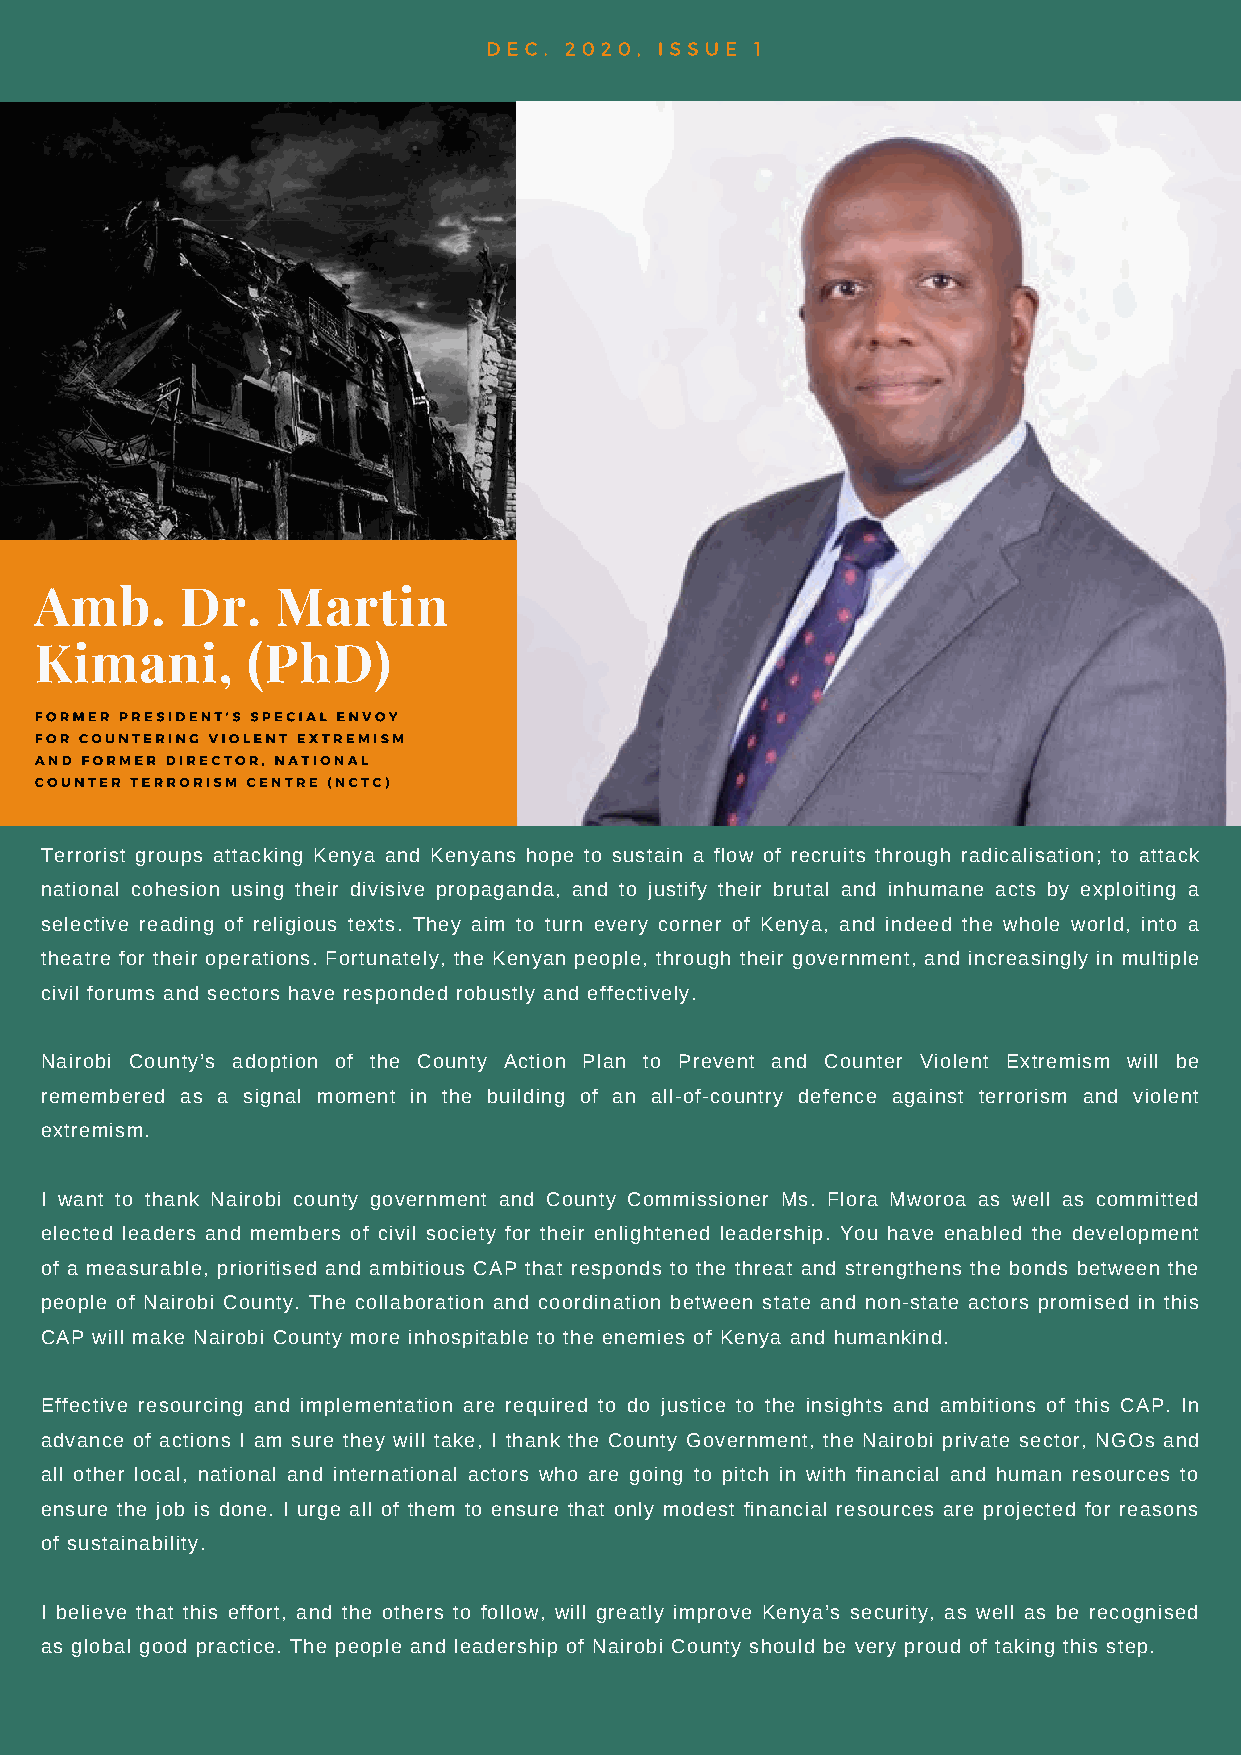
DEC. 2020,  ISSUE 1
 Amb.      Dr.   Martin
 Kimani,       (PhD)
 FORMER PRESIDENT’S SPECIAL ENVOY
 FOR COUNTERING VIOLENT EXTREMISM
 AND FORMER DIRECTOR, NATIONAL
 COUNTER TERRORISM CENTRE (NCTC)
 Terrorist groups attacking Kenya and Kenyans hope to sustain a flow of recruits through radicalisation; to attack
 national cohesion using their divisive propaganda, and to justify their brutal and inhumane acts by exploiting a
 selective reading of religious texts. They aim to turn every corner of Kenya, and indeed the whole world, into a
 theatre for their operations. Fortunately, the Kenyan people, through their government, and increasingly in multiple
 civil forums and sectors have responded robustly and effectively.
 Nairobi County’s adoption of the County Action Plan to Prevent and Counter Violent Extremism will be
 remembered as a signal moment in the building of an all-of-country defence against terrorism and violent
 extremism.
 I want to thank Nairobi county government and County Commissioner Ms. Flora Mworoa as well as committed
 elected leaders and members of civil society for their enlightened leadership. You have enabled the development
 of a measurable, prioritised and ambitious CAP that responds to the threat and strengthens the bonds between the
 people of Nairobi County. The collaboration and coordination between state and non-state actors promised in this
 CAP will make Nairobi County more inhospitable to the enemies of Kenya and humankind.
 Effective resourcing and implementation are required to do justice to the insights and ambitions of this CAP. In
 advance of actions I am sure they will take, I thank the County Government, the Nairobi private sector, NGOs and
 all other local, national and international actors who are going to pitch in with financial and human resources to
 ensure the job is done. I urge all of them to ensure that only modest financial resources are projected for reasons
 of sustainability.
 I believe that this effort, and the others to follow, will greatly improve Kenya’s security, as well as be recognised
 as global good practice. The people and leadership of Nairobi County should be very proud of taking this step.